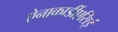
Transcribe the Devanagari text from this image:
ऐनाकार्डीएसिई